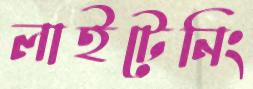
লাইটেনিং